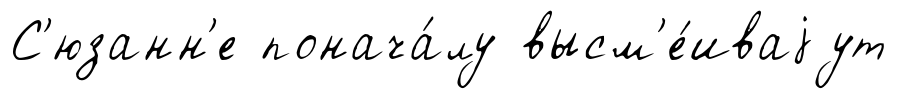
С'юзанн'е понача́лу высм'е́иваjут